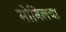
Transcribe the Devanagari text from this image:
मोबिलचा